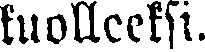
kuolleeksi.